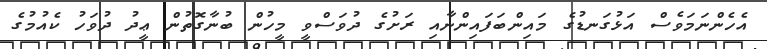
އެހެންނަމަވެސް އަޅުގަނޑުގެ މައިންބަފައިންނާއި ރަށުގެ ދުވަސްވީ މީހުން ބުނާގޮތުން ޢީދު ދުވަހު ކެއުމުގެ